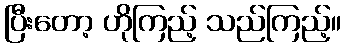
ပြီးတော့ ဟိုကြည့် သည်ကြည့်။